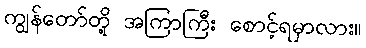
ကျွန်တော်တို့ အကြာကြီး စောင့်ရမှာလား။